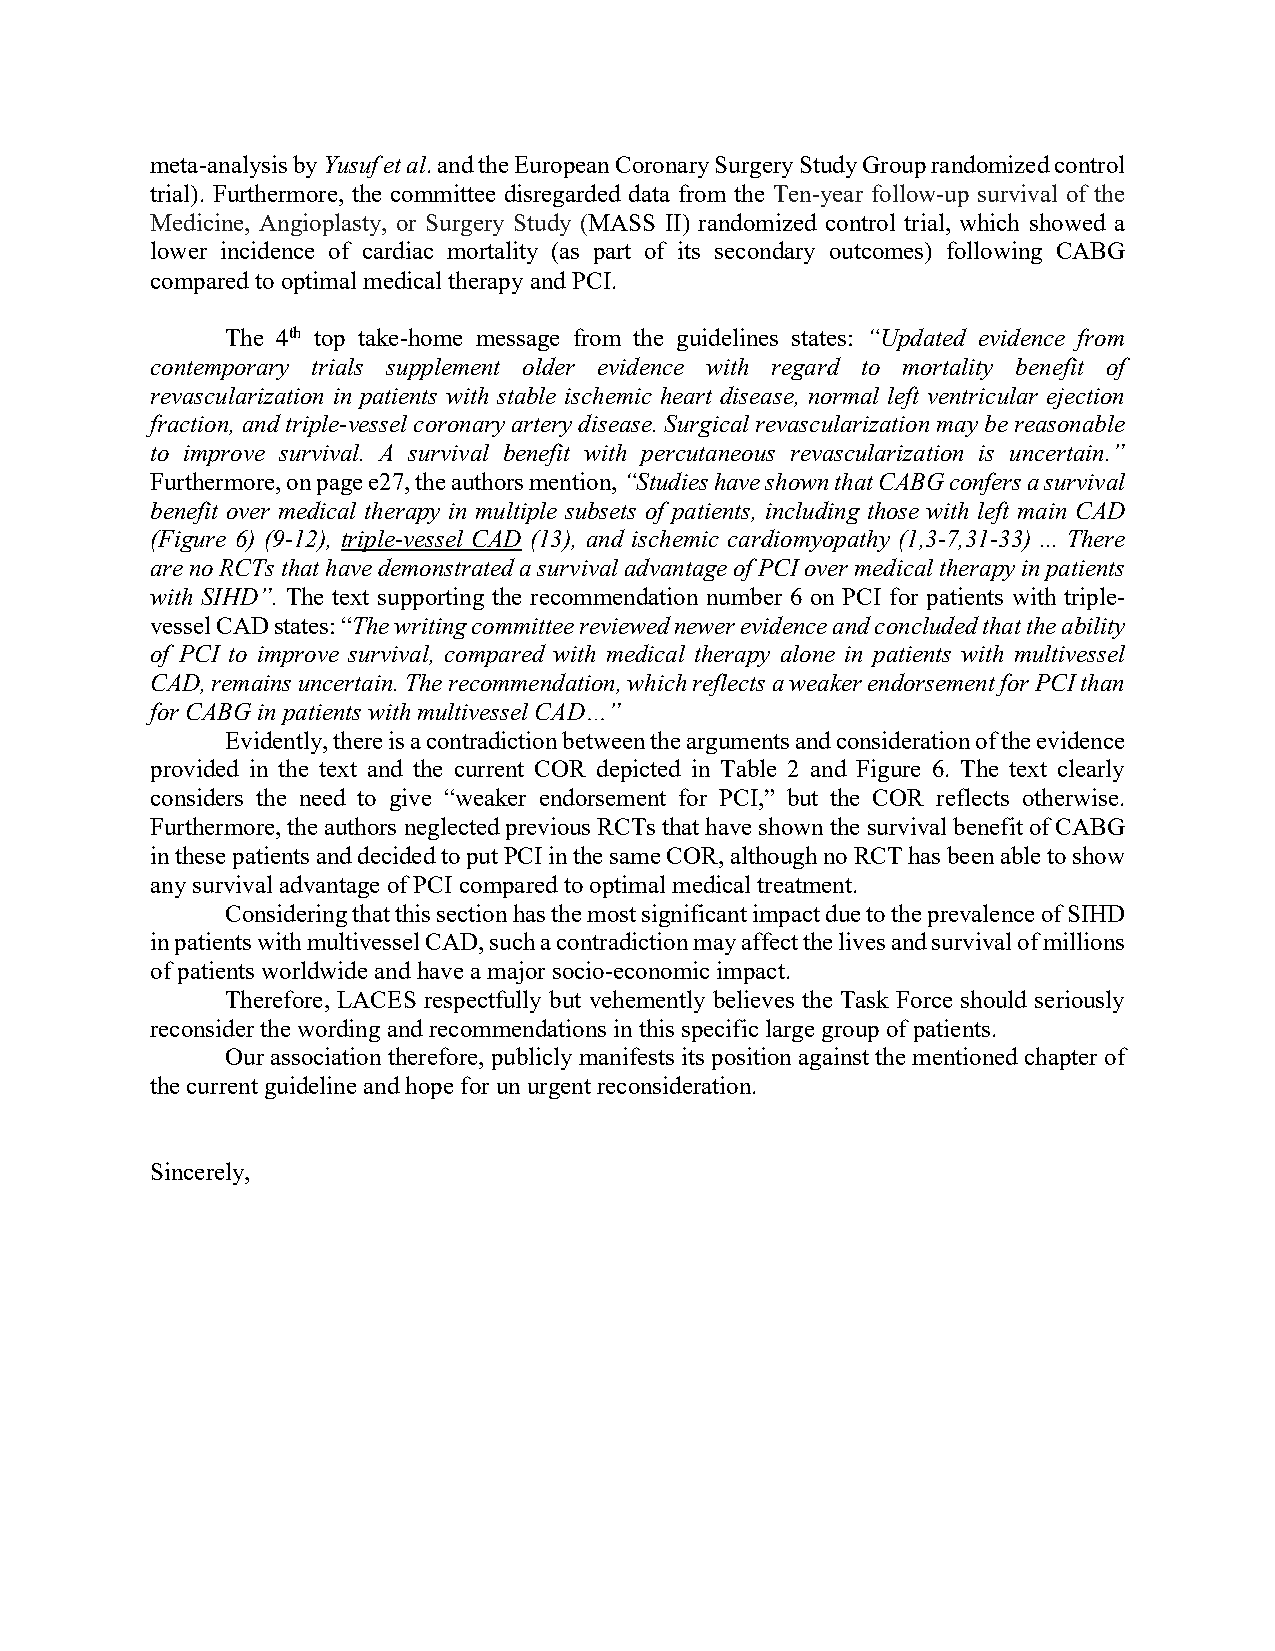
meta-analysis by Yusuf et al. and the European Coronary Surgery Study Group randomized control
 trial). Furthermore, the committee disregarded data from the Ten-year follow-up survival of the
 Medicine, Angioplasty, or Surgery Study (MASS II) randomized control trial, which showed a
 lower incidence of cardiac mortality (as part of its secondary outcomes) following CABG
 compared to optimal medical therapy and PCI.
 The 4th top take-home message from the guidelines states: “Updated evidence from
 contemporary trials supplement older evidence with regard to mortality benefit of
 revascularization in patients with stable ischemic heart disease, normal left ventricular ejection
 fraction, and triple-vessel coronary artery disease. Surgical revascularization may be reasonable
 to improve survival. A survival benefit with percutaneous revascularization is uncertain.”
 Furthermore, on page e27, the authors mention, “Studies have shown that CABG confers a survival
 benefit over medical therapy in multiple subsets of patients, including those with left main CAD
 (Figure 6) (9-12), triple-vessel CAD (13), and ischemic cardiomyopathy (1,3-7,31-33) ... There
 are no RCTs that have demonstrated a survival advantage of PCI over medical therapy in patients
 with SIHD”. The text supporting the recommendation number 6 on PCI for patients with triple-
 vessel CAD states: “The writing committee reviewed newer evidence and concluded that the ability
 of PCI to improve survival, compared with medical therapy alone in patients with multivessel
 CAD, remains uncertain. The recommendation, which reflects a weaker endorsement for PCI than
 for CABG in patients with multivessel CAD…”
 Evidently, there is a contradiction between the arguments and consideration of the evidence
 provided in the text and the current COR depicted in Table 2 and Figure 6. The text clearly
 considers the need to give “weaker endorsement for PCI,” but the COR reflects otherwise.
 Furthermore, the authors neglected previous RCTs that have shown the survival benefit of CABG
 in these patients and decided to put PCI in the same COR, although no RCT has been able to show
 any survival advantage of PCI compared to optimal medical treatment.
 Considering that this section has the most significant impact due to the prevalence of SIHD
 in patients with multivessel CAD, such a contradiction may affect the lives and survival of millions
 of patients worldwide and have a major socio-economic impact.
 Therefore, LACES respectfully but vehemently believes the Task Force should seriously
 reconsider the wording and recommendations in this specific large group of patients.
 Our association therefore, publicly manifests its position against the mentioned chapter of
 the current guideline and hope for un urgent reconsideration.
 Sincerely,